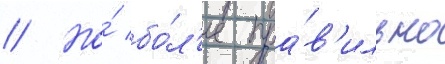
// Но́ бо́л'ее пра́в'ильно